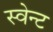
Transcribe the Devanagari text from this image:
स्वेन्ट